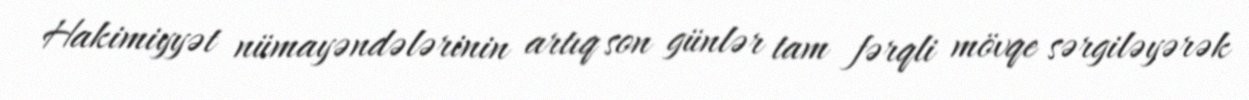
Hakimiyyət nümayəndələrinin artıq son günlər tam fərqli mövqe sərgiləyərək